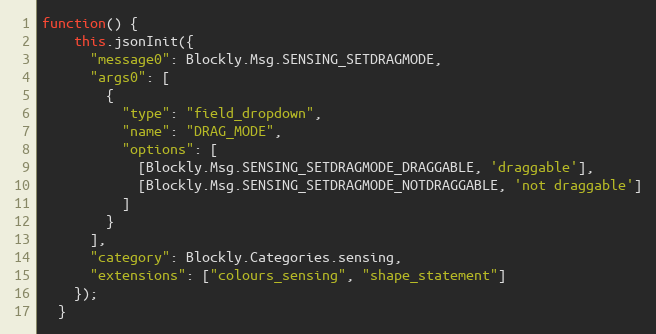
Language: JavaScript
function() {
    this.jsonInit({
      "message0": Blockly.Msg.SENSING_SETDRAGMODE,
      "args0": [
        {
          "type": "field_dropdown",
          "name": "DRAG_MODE",
          "options": [
            [Blockly.Msg.SENSING_SETDRAGMODE_DRAGGABLE, 'draggable'],
            [Blockly.Msg.SENSING_SETDRAGMODE_NOTDRAGGABLE, 'not draggable']
          ]
        }
      ],
      "category": Blockly.Categories.sensing,
      "extensions": ["colours_sensing", "shape_statement"]
    });
  }